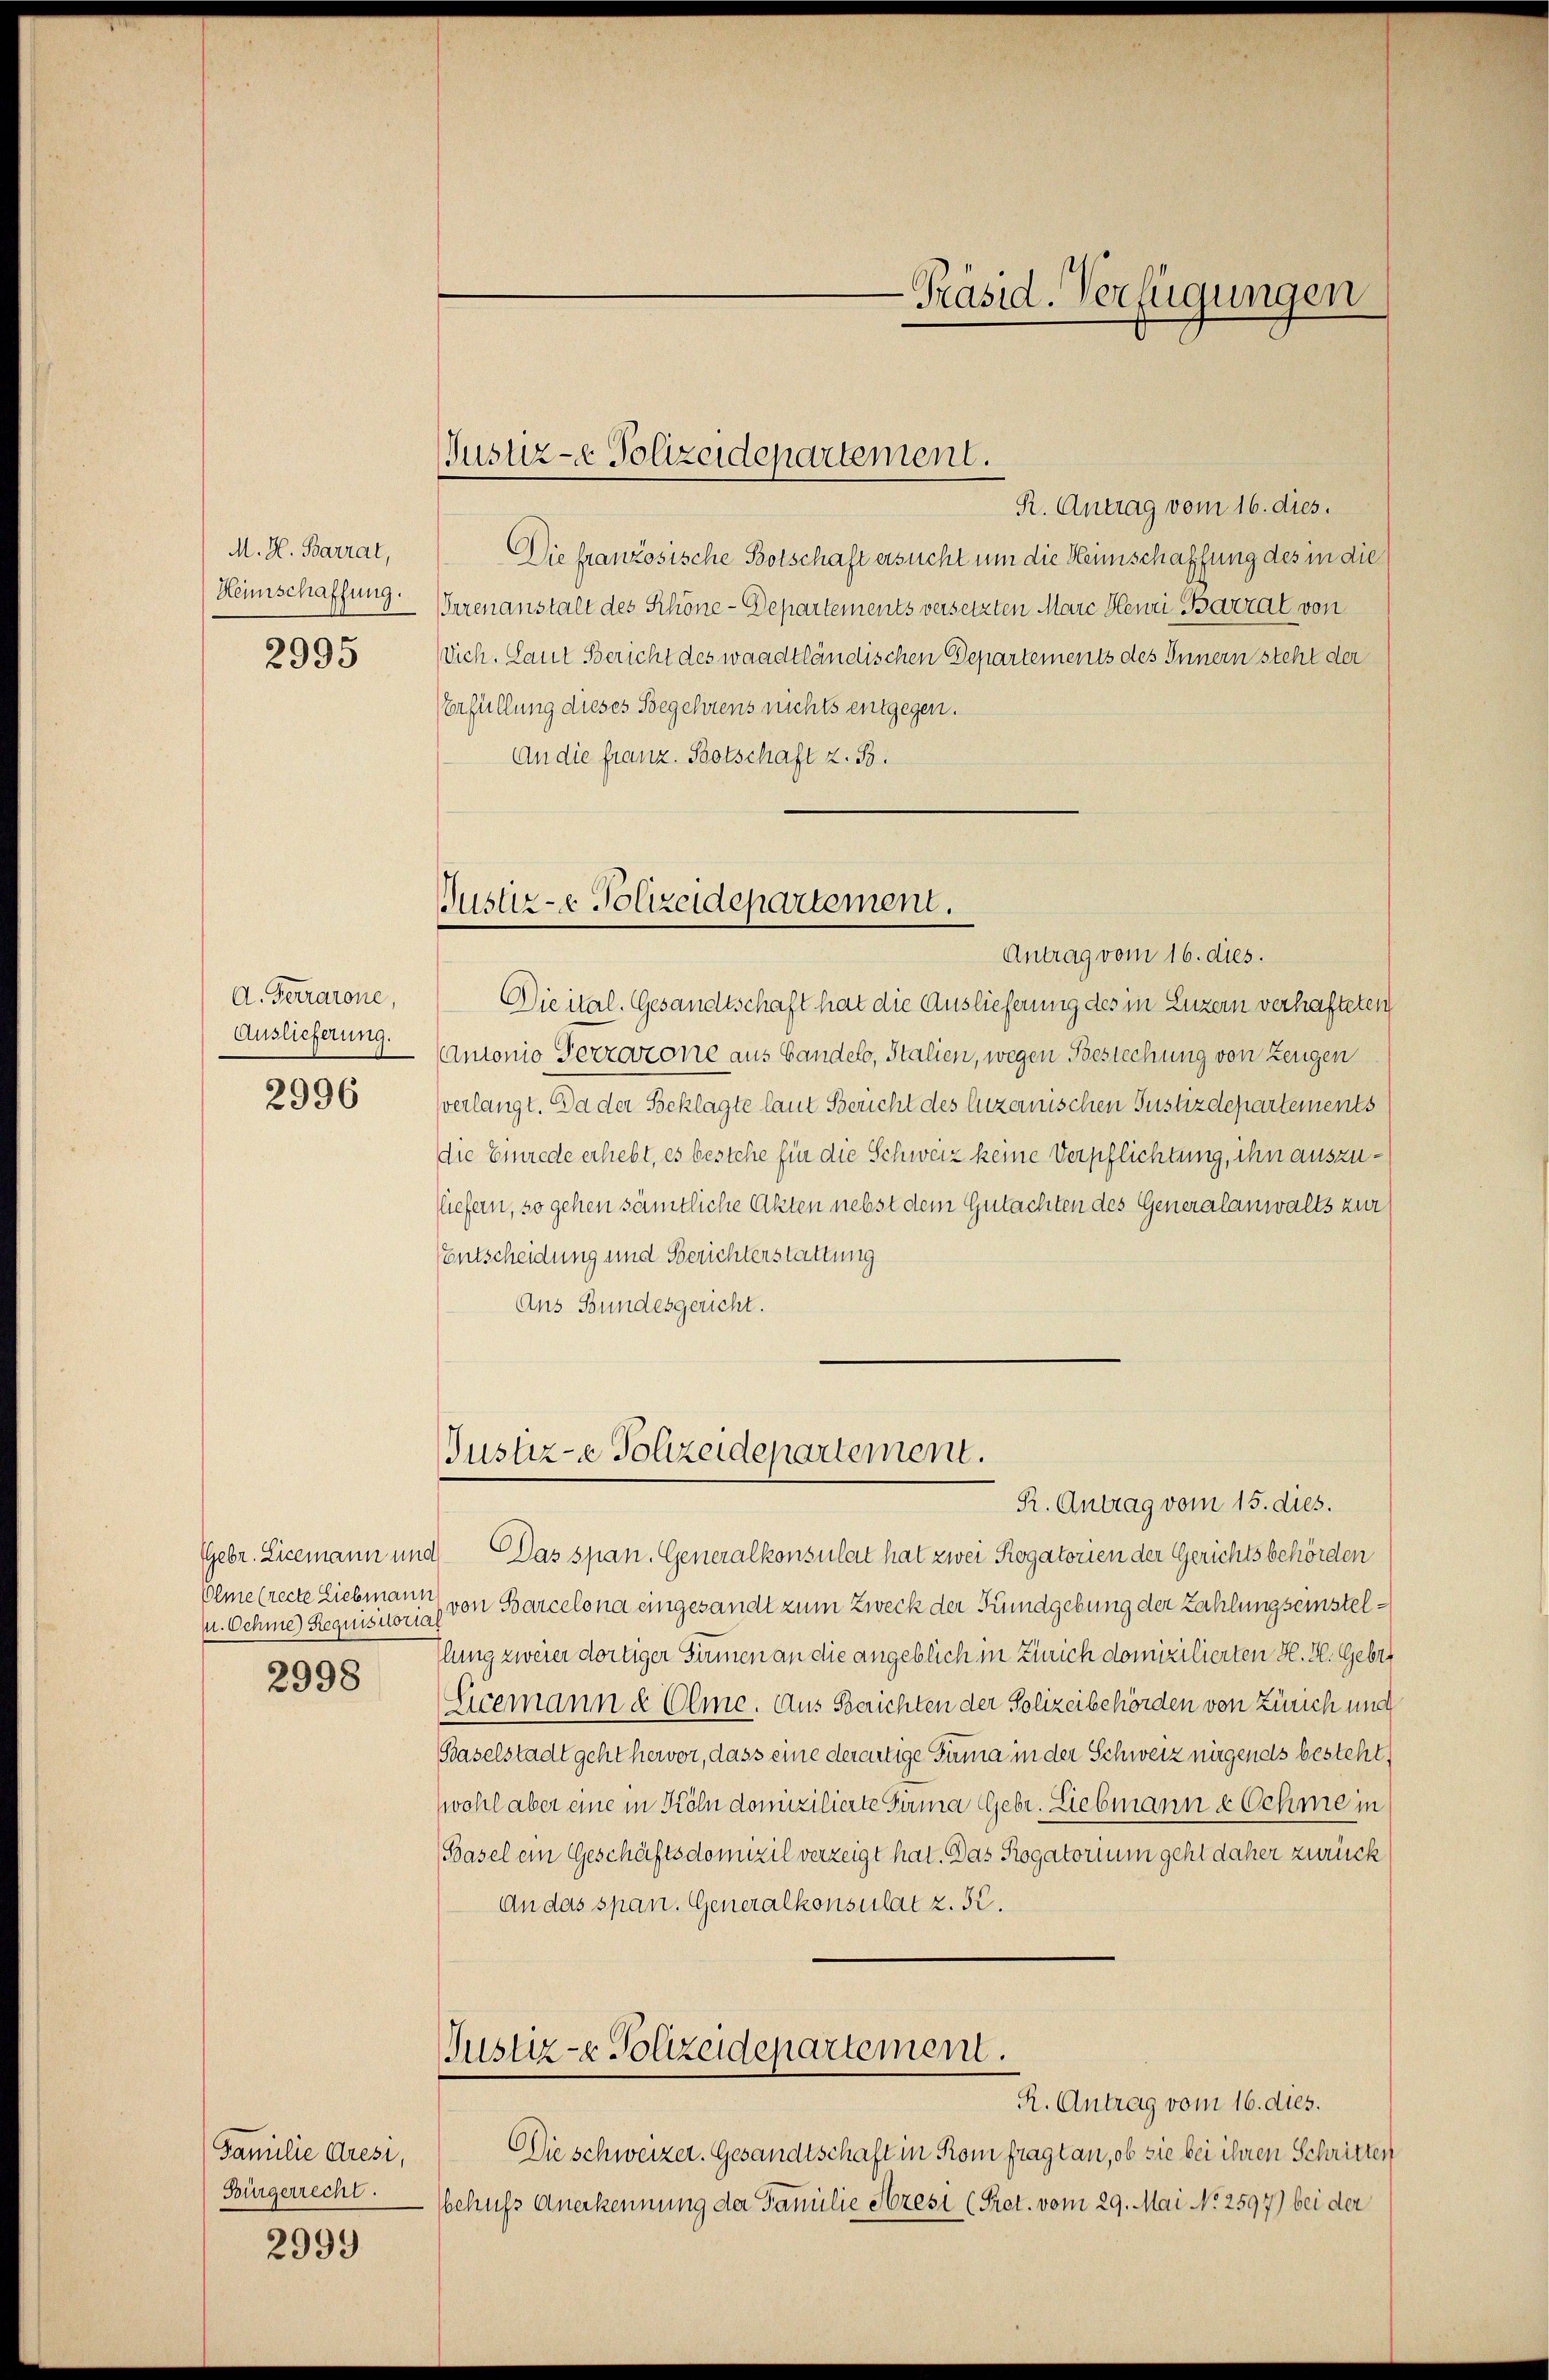
M. H. Barrat,
Heimschaffung.

2995

A. Ferrarone,
Auslieferung.
2996

. Oehme) Requisitorial

2998

Familie Gresi,
Bürgerrecht.

2999

Justiz-e Polizeidepartement.

-Präsid. Verfügungen

R. Antrag vom 16. dies.
Die französische Botschaft ersucht um die Heimschaffung des in die
Irrenanstalt des Schöne-Departements versetzten Marc Henri Barrat von
Vich. Laut Bericht des waadtländischen Departements des Innern steht der
Erfüllung dieses Begehrens nichts entgegen.
An die franz. Botschaft z. B.

Justiz- & Polizeidepartement.
Antrag vom 16. dies.

Justiz-e Polizeidepartement.

Dieital. Gesandtschaft hat die Auslieferung des in Luzern verhafteten
Antonio Perrozone aus Bandels, Italien, wegen Bestechung von Zeugen
verlangt. Da der Beklagte laut Bericht des luzernischen Justizdepartements
die Einrede erhebt, es bestehe für die Schweiz keine Verpflichtung, ihn auszuliefern, so gehen sämtliche Akten nebst dem Gutachten des Generalanwalts zur
Entscheidung und Berichterstattung
Aus Bundesgericht.
R. Antrag vom 15. dies.
Gebr. Licemann und Das span. Generalkonsulat hat zwei Rogatorien der Gerichtsbehörden
Olme (recte Liebmann von Barcelona eingesandt zum Zweck der Kundgebung der Zahlung seinstel¬
Ilung zweier dortiger Samen an die angeblich in Zürich domizilierten H. H. Gebre
Sicemann d Olme. Aus Berichten der Polizeibehörden von Zürich und
Baselstadt geht hervor, dass eine derartige Firma in der Schweiz nirgends besteht,
wohl aber eine in Köln domizilierte Firma Gebr. Liebmann e Oehme in
(Basel ein Geschäftsdomizil verzeigt hat. Das Rogatorium geht daher zurück
An das span. Generalkonsulat z. 52.
Justiz- Polizeidepartement.
R. Antrag vom 16. dies.
Die schweizer. Gesandtschaft in Rom fragt an, ob sie bei ihren Schritten
behufs Anerkennung der Familie Stresi (Prot. vom 29. Mai No 2597) bei der